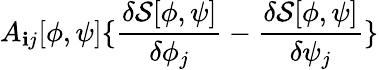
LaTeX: A_{\mathbf{i}j}[\phi,\psi]\{ \frac{{\delta{\mathcal{{S}}}[\phi,\psi]}}{{\delta\phi_{j}}}-\frac{{\delta{\mathcal{{S}}}[\phi,\psi]}}{{\delta\psi_{j}}}\}